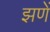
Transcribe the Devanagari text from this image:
झणें